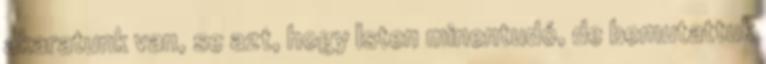
akaratunk van, se azt, hogy Isten minentudó, de bemutattuk